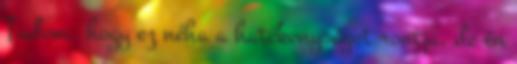
Tudom, hogy ez néha a hatékonyságot rontja, de én